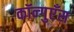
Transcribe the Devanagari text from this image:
कॉन्गुएँस